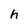
Character: h